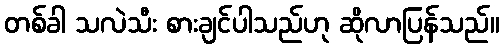
တစ်ခါ သလဲသီး စားချင်ပါသည်ဟု ဆိုလာပြန်သည်။